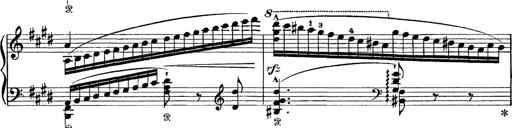
Title: Tarantelle di bravura dâ€™aprÃ¨s la tarantelle de La muette de Portici
Composer: Franz Liszt